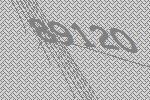
89120